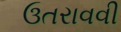
ઉતરાવવી